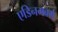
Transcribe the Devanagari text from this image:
एडिनगबर्ग